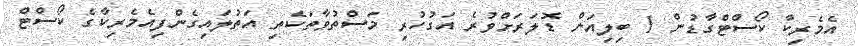
އެމެރިކާ ކޯސްޓްގާޑުން 1 ބިލިއަން ޑޮލަރަށްވުރެ އަގުހުރި މަސްތުވާތަކެތި އަތުލައިގެންފިއެމެރިކާގެ ކޯސްޓް